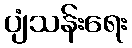
ပျံသန်းရေး